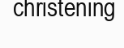
christening